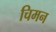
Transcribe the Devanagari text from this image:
चिमन